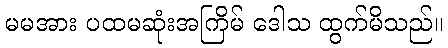
မမအား ပထမဆုံးအကြိမ် ဒေါသ ထွက်မိသည်။